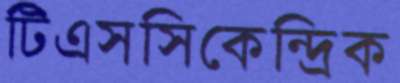
টিএসসিকেন্দ্রিক